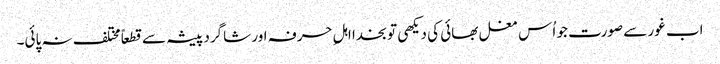
اب غور سے صورت جو اُس مغل بھائی کی دیکھی تو بخدا اہلِ حرفہ اور شاگرد پیشہ سے قطعاً مختلف نہ پائی۔